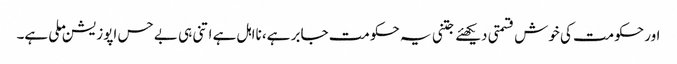
اور حکومت کی خوش قسمتی دیکھئے جتنی یہ حکومت جابر ہے، نااہل ہے اتنی ہی بے حس اپوزیشن ملی ہے۔